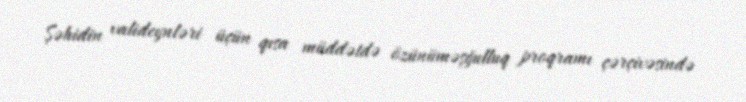
Şəhidin valideynləri üçün qısa müddətdə özünüməşğulluq proqramı çərçivəsində